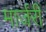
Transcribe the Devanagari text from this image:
मार्जरी